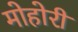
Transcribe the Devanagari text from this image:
मोहोरी